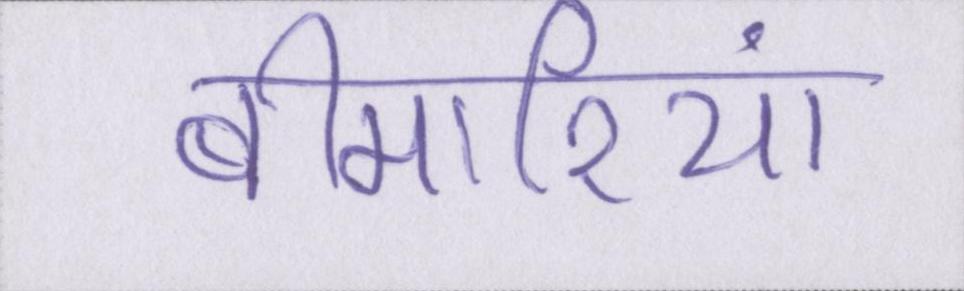
बीमारियां